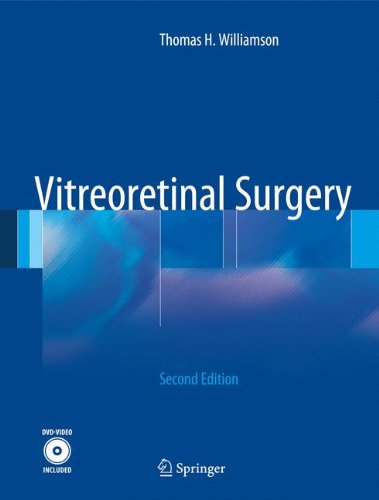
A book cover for Vitreoretinal Surgery; Thomas H. Williamson; Medical Books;